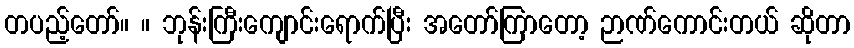
တပည့်တော်။ ။ ဘုန်းကြီးကျောင်းရောက်ပြီး အတော်ကြာတော့ ဉာဏ်ကောင်းတယ် ဆိုတာ